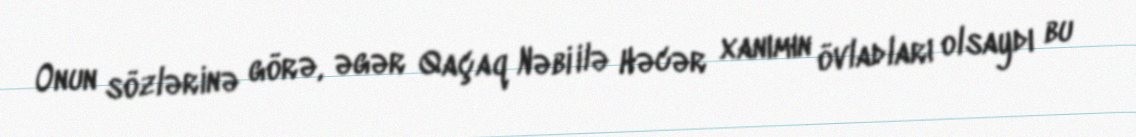
Onun sözlərinə görə, əgər Qaçaq Nəbi ilə Həcər xanımın övladları olsaydı bu